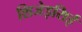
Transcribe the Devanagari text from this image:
शिजेइसिई